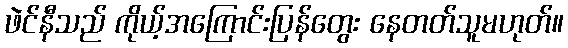
ဖဲင်နီသည် ကိုယ့်အကြောင်းပြန်တွေး နေတတ်သူမဟုတ်။